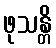
ဖုသန္တိ